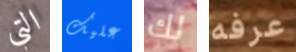
التي عليك لك عرفه